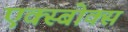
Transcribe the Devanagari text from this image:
एक्स्बोक्स